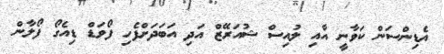
އެޑިންސަން ކަވާނީ އާއި ލުއިސް ޝުއަރޭޒް އަދި އަބަދަށްފެހި ފޯވަޑް ޑިއެގޯ ފޯލާން